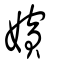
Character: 嬪